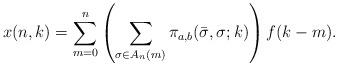
LaTeX: \begin{align*} x(n,k)=\sum _{m=0}^{n}\left(\sum _{\sigma \in A_{n} (m)}\pi_{a,b}(\bar{\sigma },\sigma ;k) \right)f(k-m).\end{align*}